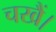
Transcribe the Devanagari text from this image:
चखैं।